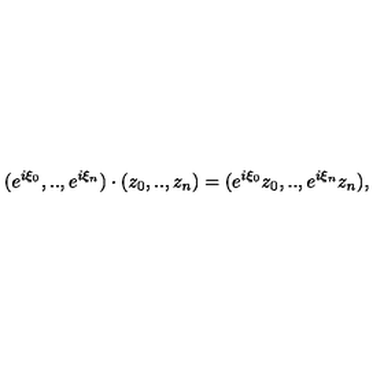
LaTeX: ( e ^ { i \xi _ { 0 } } , . . , e ^ { i \xi _ { n } } ) \cdot ( z _ { 0 } , . . , z _ { n } ) = ( e ^ { i \xi _ { 0 } } z _ { 0 } , . . , e ^ { i \xi _ { n } } z _ { n } ) ,